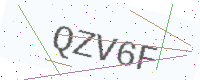
Text: QZV6F